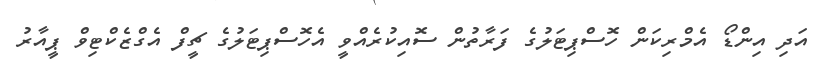
އަދި އިންޑޯ އެމްރިކަން ހޮސްޕިޓަލުގެ ފަރާތުން ސޮއިކުރެއްވީ އެހޮސްޕިޓަލުގެ ޗީފް އެގްޒެކްޓިވް ޕީއާރު